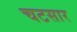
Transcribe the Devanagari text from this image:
चटसार